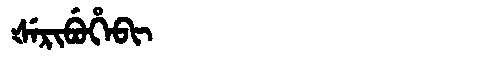
Manchu: ᡧᡝᡵᡳᠪᡠᡥᡝᠪᡳ
Romanization: ŠERIBUHEBI